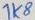
Text: 1K8